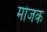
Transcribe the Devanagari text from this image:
मोजक